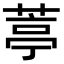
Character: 葶